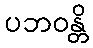
ပဘဝန္တိ